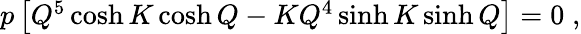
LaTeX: \begin{array}{r}{p\left[Q^{5}\cosh K\cosh Q-KQ^{4}\sinh K\sinh Q\right]=0\; ,}\end{array}